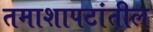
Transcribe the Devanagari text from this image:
तमाशापटांतील